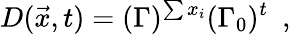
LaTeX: D(\vec{x},t)=(\Gamma)^{\sum x_{i}}(\Gamma_{0})^{t}~~,